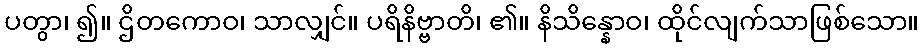
ပတွာ၊ ၍။ ဌိတကောဝ၊ သာလျှင်။ ပရိနိဗ္ဗာတိ၊ ၏။ နိသိန္နောဝ၊ ထိုင်လျက်သာဖြစ်သော။